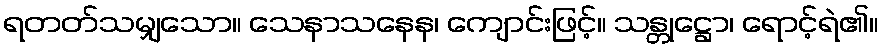
ရတတ်သမျှသော။ သေနာသနေန၊ ကျောင်းဖြင့်။ သန္တုဋ္ဌော၊ ရောင့်ရဲ၏။